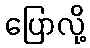
ပြောလို့